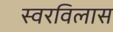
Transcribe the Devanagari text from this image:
स्वरविलास